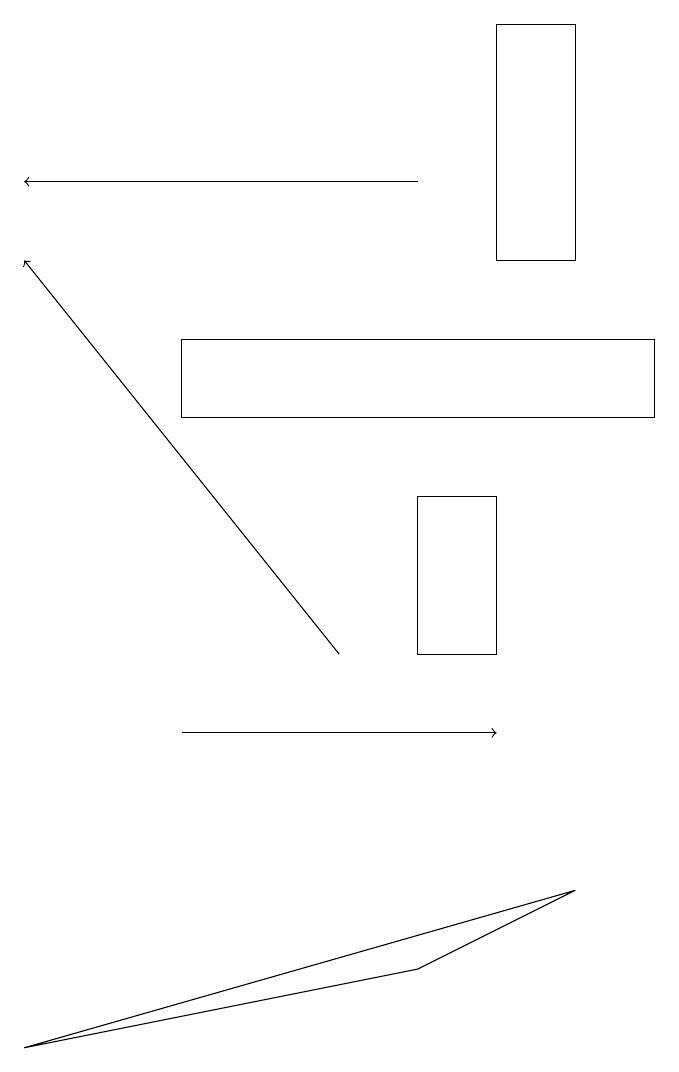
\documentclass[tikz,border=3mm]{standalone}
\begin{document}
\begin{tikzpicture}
\draw (6,13) rectangle (7,13);
\draw (3,14) rectangle (9,15);
\draw[->] (3,10) -- (7,10);
\draw (6,11) rectangle (7,13);
\draw (8,8) -- (6,7) -- (1,6) -- cycle;
\draw[->] (6,17) -- (1,17);
\draw[->] (5,11) -- (1,16);
\draw (7,16) rectangle (8,19);
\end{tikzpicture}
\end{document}